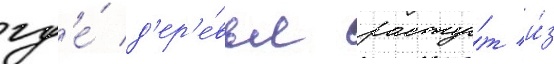
гд'е́ д'ер'е́вья расту́т и́з